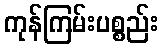
ကုန်ကြမ်းပစ္စည်း